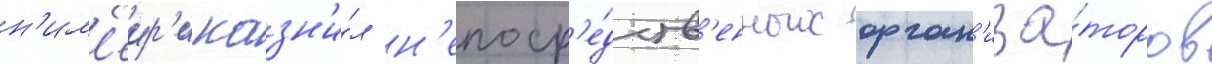
н'им'еир'и казн'и́л н'епоср'е́дств'енных орган'иза́торов